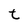
Character: t